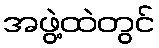
အဖွဲ့ထဲတွင်